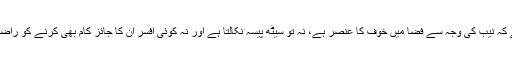
کہنے لگے کہ نیب کی وجہ سے فضا میں خوف کا عنصر ہے، نہ تو سیٹھ پیسہ نکالتا ہے اور نہ کوئی افسر ان کا جائز کام بھی کرنے کو راضی ہوتا ہے۔